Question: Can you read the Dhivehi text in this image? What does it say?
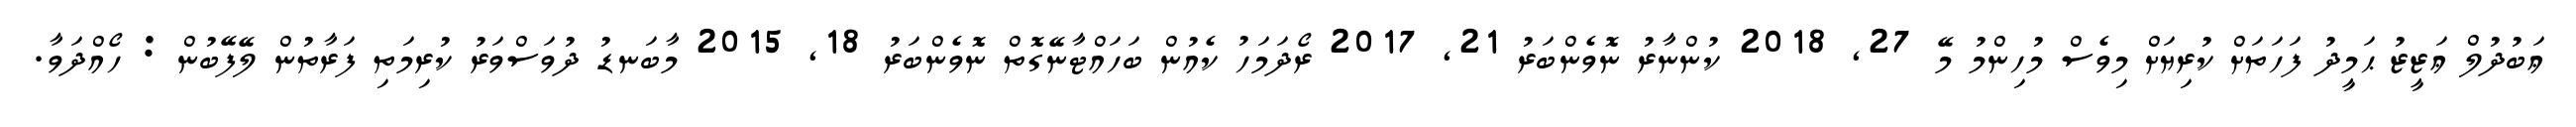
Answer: ޢަބުދުލް ޢަޒީޒު ޙަމީދު ފަހަތަށް ކުރިޔަށް މިވެސް މުހިންމު މޭ 27, 2018 ކުންނާރު ނޮވެންބަރު 21, 2017 ރޯދަމަހު ކެއުން ބަހައްޓާނޭގޮތް ނޮވެންބަރު 18, 2015 މާބަނޑު ދުވަސްވަރު ކުރިމަތި ފަރާތުން ލޭފޭބުން : ހޯއްދަވާ.